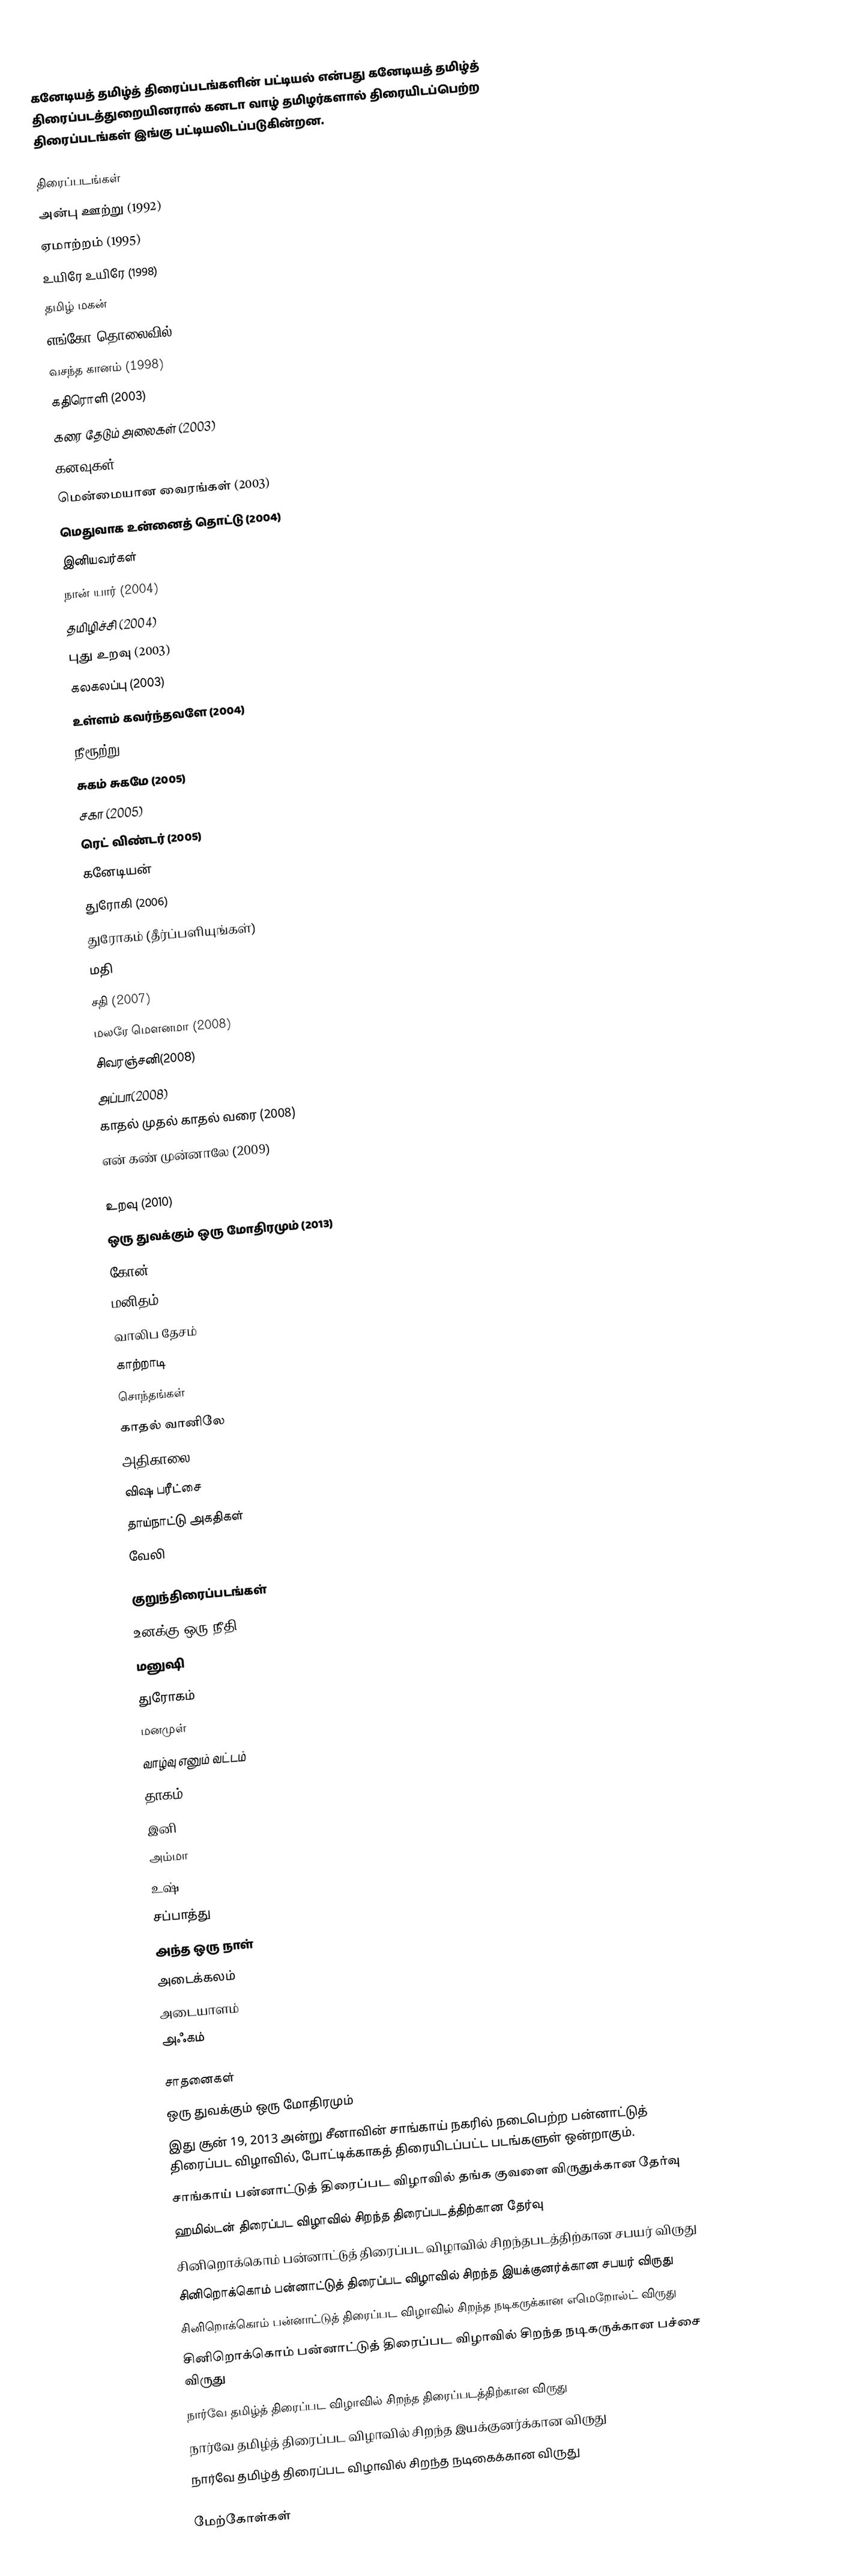
கனேடியத் தமிழ்த் திரைப்படங்களின் பட்டியல் என்பது கனேடியத் தமிழ்த் திரைப்படத்துறையினரால் கனடா வாழ் தமிழர்களால் திரையிடப்பெற்ற திரைப்படங்கள் இங்கு பட்டியலிடப்படுகின்றன.

திரைப்படங்கள்
 அன்பு ஊற்று (1992)
 ஏமாற்றம் (1995)
 உயிரே உயிரே (1998)
 தமிழ் மகன்
 எங்கோ தொலைவில் (1997)
 வசந்த கானம் (1998)
 கதிரொளி (2003)
 கரை தேடும் அலைகள் (2003)
 கனவுகள் (2003)
 மென்மையான வைரங்கள் (2003)
 மெதுவாக உன்னைத் தொட்டு (2004)
 இனியவர்கள்
 நான் யார் (2004)
 தமிழிச்சி (2004)
 புது உறவு (2003)
 கலகலப்பு (2003)
 உள்ளம் கவர்ந்தவளே (2004)
 நீரூற்று (2004)
 சுகம் சுகமே (2005)
 சகா (2005)
 ரெட் விண்டர் (2005)
 கனேடியன்
 துரோகி (2006)
 துரோகம் (தீர்ப்பளியுங்கள்)
 மதி
 சதி (2007)
 மலரே மௌனமா (2008)
 சிவரஞ்சனி(2008)
 அப்பா(2008)
 காதல் முதல் காதல் வரை (2008)
 என் கண் முன்னாலே (2009)
 1999 (2009)
 உறவு (2010)
 ஒரு துவக்கும் ஒரு மோதிரமும் (2013)
 கோன்  (2013)
 மனிதம்
 வாலிப தேசம்
 காற்றாடி
 சொந்தங்கள்
 காதல் வானிலே
 அதிகாலை 26
 விஷ பரீட்சை
 தாய்நாட்டு அகதிகள்
 வேலி

குறுந்திரைப்படங்கள்
 உனக்கு ஒரு நீதி
 மனுஷி
 துரோகம்
 மனமுள்
 வாழ்வு எனும் வட்டம்
 தாகம்
 இனி
 அம்மா
 உஷ்
 சப்பாத்து
 அந்த ஒரு நாள்
 அடைக்கலம்
 அடையாளம்
 அஃகம்

சாதனைகள்
 ஒரு துவக்கும் ஒரு மோதிரமும்
இது சூன் 19, 2013 அன்று சீனாவின் சாங்காய் நகரில் நடைபெற்ற பன்னாட்டுத் திரைப்பட விழாவில், போட்டிக்காகத் திரையிடப்பட்ட படங்களுள் ஒன்றாகும்.
சாங்காய் பன்னாட்டுத் திரைப்பட விழாவில் தங்க குவளை விருதுக்கான தேர்வு
ஹமில்டன் திரைப்பட விழாவில் சிறந்த திரைப்படத்திற்கான தேர்வு
சினிறொக்கொம் பன்னாட்டுத் திரைப்பட விழாவில் சிறந்தபடத்திற்கான சபயர் விருது
சினிறொக்கொம் பன்னாட்டுத் திரைப்பட விழாவில் சிறந்த இயக்குனர்க்கான சபயர் விருது
சினிறொக்கொம் பன்னாட்டுத் திரைப்பட விழாவில் சிறந்த நடிகருக்கான எமெறோல்ட் விருது
சினிறொக்கொம் பன்னாட்டுத் திரைப்பட விழாவில் சிறந்த நடிகருக்கான பச்சை விருது
நார்வே தமிழ்த் திரைப்பட விழாவில் சிறந்த திரைப்படத்திற்கான விருது
நார்வே தமிழ்த் திரைப்பட விழாவில் சிறந்த இயக்குனர்க்கான விருது
நார்வே தமிழ்த் திரைப்பட விழாவில் சிறந்த நடிகைக்கான விருது

மேற்கோள்கள்